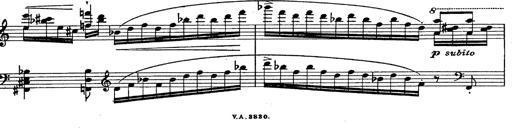
Title: Fantasie Ã¼ber Themen aus Mozarts Figaro und Don Giovanni
Composer: Franz Liszt